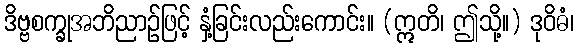
ဒိဗ္ဗစက္ခုအဘိညာဉ်ဖြင့် နှံ့ခြင်းလည်းကောင်း။ (ဣတိ၊ ဤသို့။) ဒုဝိဓံ၊